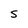
Character: S